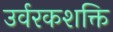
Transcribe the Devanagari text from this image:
उर्वरकशक्ति